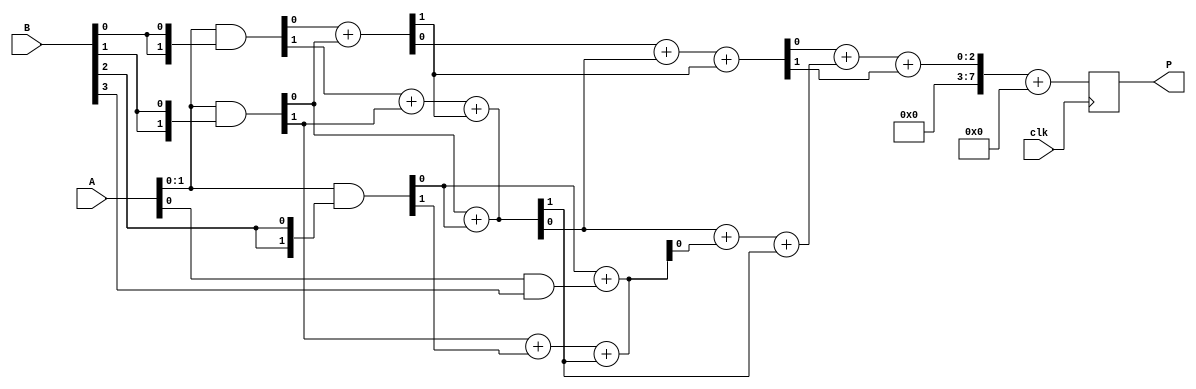
module WallaceTreeMultiplier #(parameter N = 4) (
    input wire clk,
    input wire [N-1:0] A,
    input wire [N-1:0] B,
    output reg [2*N-1:0] P
);

    // Partial product generation
    wire [N-1:0] pp [0:N-1]; // Partial products
    genvar i, j;
    generate
        for (i = 0; i < N; i = i + 1) begin : pp_gen
            assign pp[i] = A & {N{B[i]}}; // AND operation to generate partial products
        end
    endgenerate

    // Wallace tree reduction
    wire [N-1:0] sum [0:N-1]; // Sums at each stage
    wire [N-1:0] carry [0:N-1]; // Carries at each stage

    // Stage 1: Combine partial products using half and full adders
    generate
        for (i = 0; i < N-1; i = i + 1) begin : stage1
            if (i < N-1) begin
                // Half adder for the first two bits
                assign {carry[0][i], sum[0][i]} = pp[i][0] + pp[i+1][0];
                // Full adders for the rest
                assign {carry[0][i+1], sum[0][i+1]} = pp[i][1] + pp[i+1][1] + carry[0][i];
            end
        end
    endgenerate

    // Stage 2: Continue reduction
    generate
        for (i = 0; i < N-1; i = i + 1) begin : stage2
            if (i < N-2) begin
                assign {carry[1][i], sum[1][i]} = sum[0][i] + sum[0][i+1] + carry[0][i];
            end
        end
    endgenerate

    // Final addition
    wire [2*N-1:0] final_sum;
    wire [2*N-1:0] final_carry;

    always @(posedge clk) begin
        // Final addition of the last two sums
        P <= final_sum + final_carry;
    end

    // Final stage: Add remaining bits
    assign {final_carry, final_sum} = {1'b0, sum[1][0]} + {1'b0, sum[1][1]} + {1'b0, carry[1][0]};

endmodule